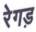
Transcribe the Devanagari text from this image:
रेगड़